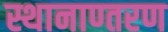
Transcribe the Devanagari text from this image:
स्थानाण्तरण